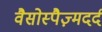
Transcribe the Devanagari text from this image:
वैसोस्पैज़्मदर्द